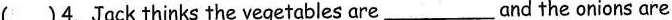
( )4.Jack thinks the vegetables are___and the onions are